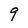
Character: 9